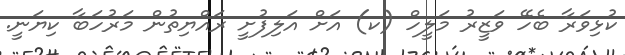
ކުޅިވަރާ ބެހޭ ވަޒީރު މަލީހް (ކ) އަށް އަލިފުށީ ރައްޔިތުން މަރުހަބާ ކިޔަނީ.